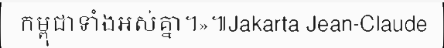
កម្ពុជាទាំងអស់គ្នា។»៕Jakarta Jean-Claude